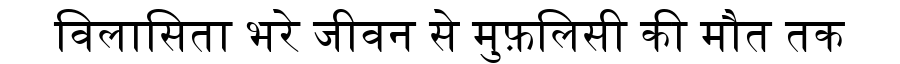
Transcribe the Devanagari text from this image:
विलासिता भरे जीवन से मुफ़लिसी की मौत तक